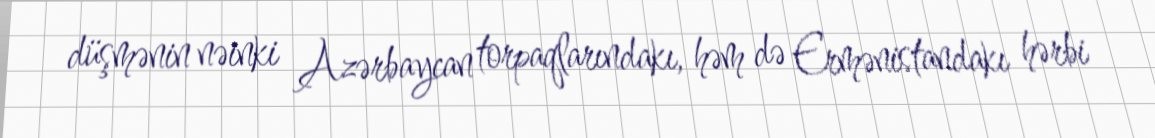
düşmənin nəinki Azərbaycan torpaqlarındakı, həm də Ermənistandakı hərbi